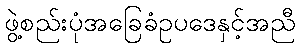
ဖွဲ့စည်းပုံအခြေခံဥပဒေနှင့်အညီ